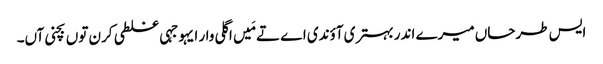
‏ ایس طرحاں میرے اندر بہتری آؤندی اے تے مَیں اگلی وار ایہو جہی غلطی کرن توں بچنی آں۔